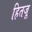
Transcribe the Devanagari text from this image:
हितजू